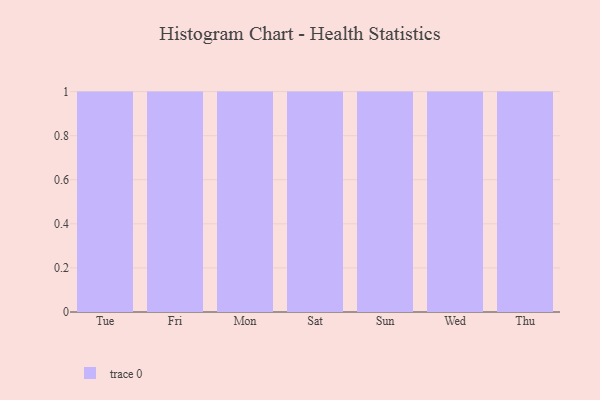
{"axis": {"x": "Day", "y": "LTV (USD)"}, "legend": [""], "data": [{"x": "Tue", "y": 96, "type": ""}, {"x": "Fri", "y": 20, "type": ""}, {"x": "Mon", "y": 43, "type": ""}, {"x": "Sat", "y": 50, "type": ""}, {"x": "Sun", "y": 8, "type": ""}, {"x": "Wed", "y": 28, "type": ""}, {"x": "Thu", "y": 68, "type": ""}]}